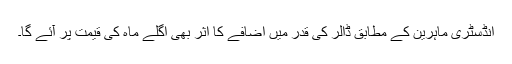
انڈسٹری ماہرین کے مطابق ڈالر کی قدر میں اضافے کا اثر بھی اگلے ماہ کی قیمت پر آئے گا۔